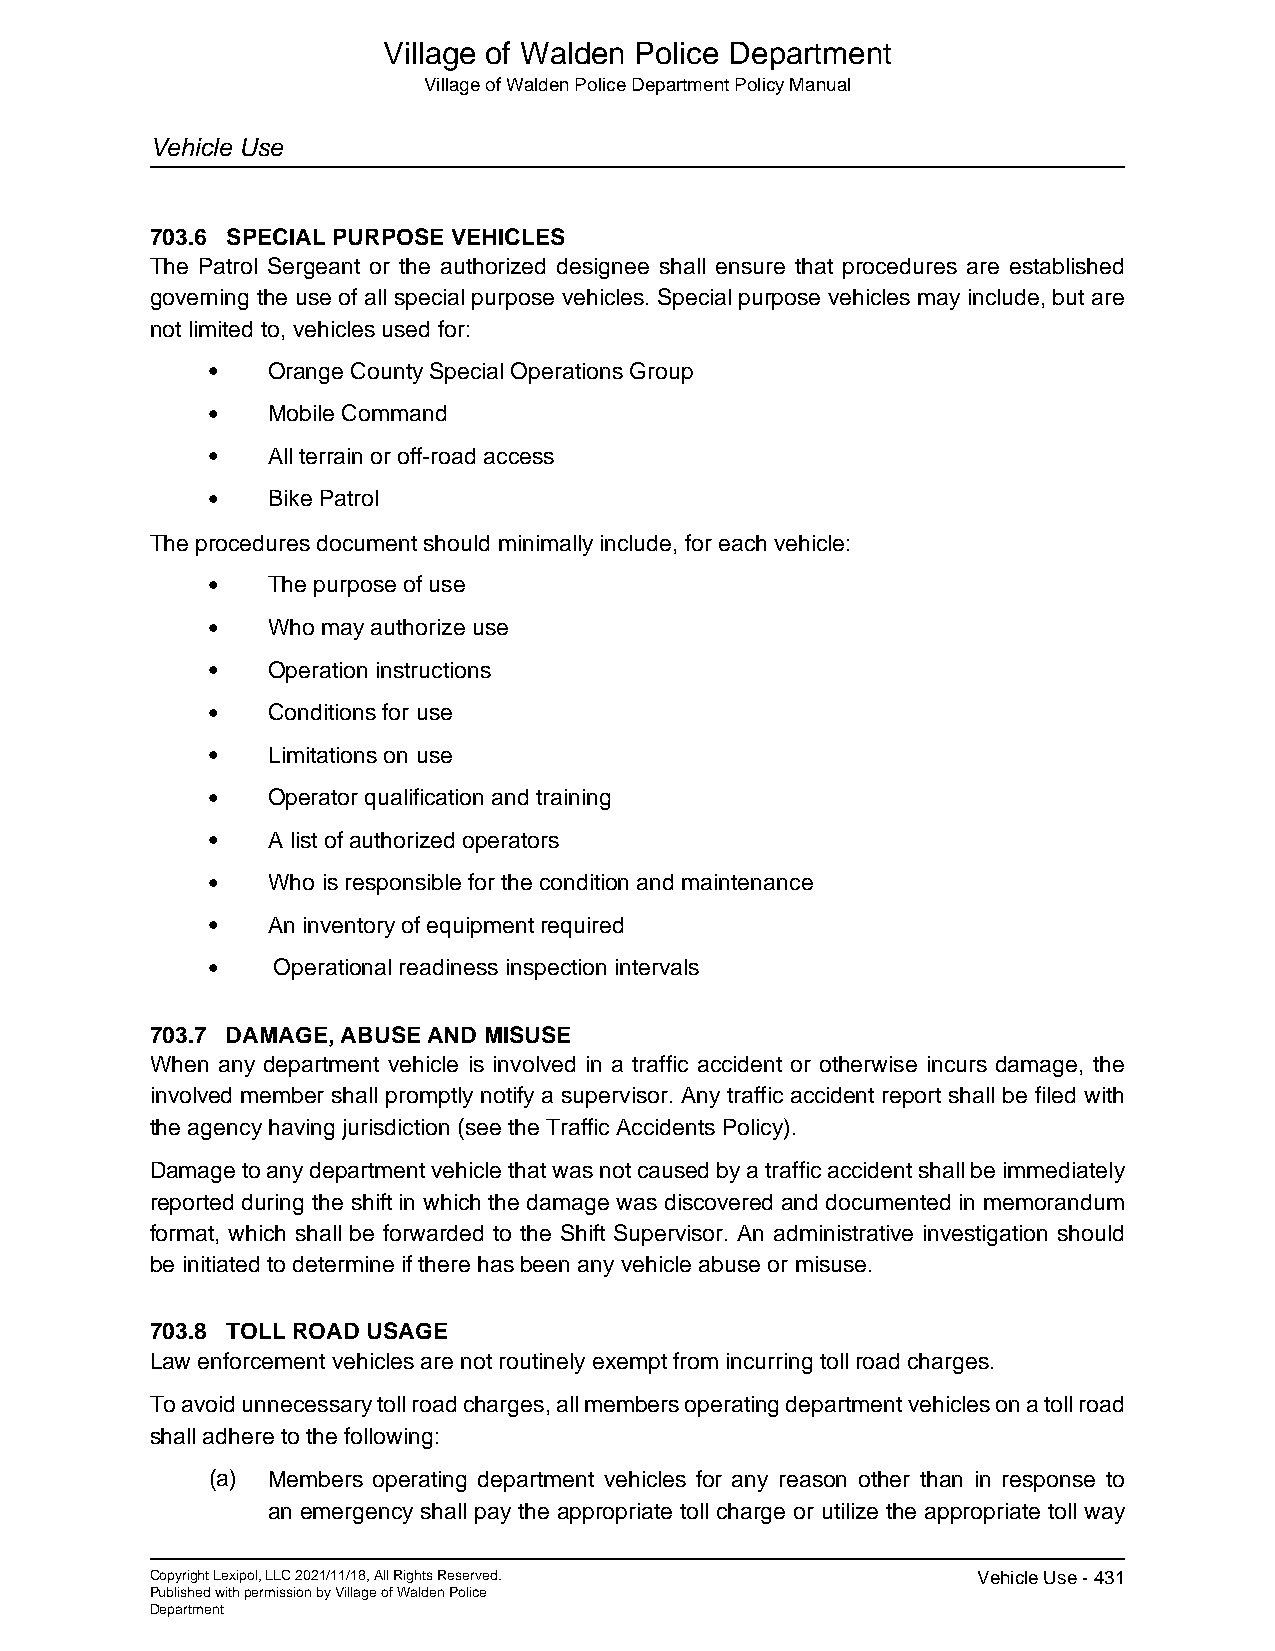
Village of Walden Police Department
 Village of Walden Police Department Policy Manual
 Vehicle Use
 703.6 SPECIAL PURPOSE VEHICLES
 The Patrol Sergeant or the authorized designee shall ensure that procedures are established
 governing the use of all special purpose vehicles. Special purpose vehicles may include, but are
 not limited to, vehicles used for:
 •   Orange County Special Operations Group
 •   Mobile Command
 •   All terrain or off-road access
 •   Bike Patrol
 The procedures document should minimally include, for each vehicle:
 •   The purpose of use
 •   Who may authorize use
 •   Operation instructions
 •   Conditions for use
 •   Limitations on use
 •   Operator qualification and training
 •   A list of authorized operators
 •   Who is responsible for the condition and maintenance
 •   An inventory of equipment required
 •   Operational readiness inspection intervals
 703.7 DAMAGE, ABUSE AND MISUSE
 When any department vehicle is involved in a traffic accident or otherwise incurs damage, the
 involved member shall promptly notify a supervisor. Any traffic accident report shall be filed with
 the agency having jurisdiction (see the Traffic Accidents Policy).
 Damage to any department vehicle that was not caused by a traffic accident shall be immediately
 reported during the shift in which the damage was discovered and documented in memorandum
 format, which shall be forwarded to the Shift Supervisor. An administrative investigation should
 be initiated to determine if there has been any vehicle abuse or misuse.
 703.8 TOLL ROAD USAGE
 Law enforcement vehicles are not routinely exempt from incurring toll road charges.
 To avoid unnecessary toll road charges, all members operating department vehicles on a toll road
 shall adhere to the following:
 (a) Members operating department vehicles for any reason other than in response to
 an emergency shall pay the appropriate toll charge or utilize the appropriate toll way
 Copyright Lexipol, LLC 2021/11/18, All Rights Reserved. Vehicle Use - 431
 Published with permission by Village of Walden Police
 Department